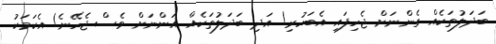
ބަދަލުތަކެއް ގެންނަށް ޖެހިފައި އެބަހުރި! އަދި ބަދަލުތަކެއް އަންނަށް ވެސް ޖެހޭނެ! އެކަމަކު